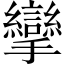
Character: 攣